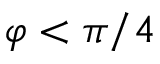
\varphi < \pi / 4